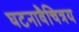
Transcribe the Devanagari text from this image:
घटनावैचित्रय